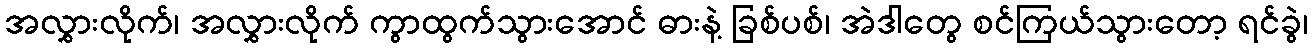
အလွှားလိုက်၊ အလွှားလိုက် ကွာထွက်သွားအောင် ဓားနဲ့ ခြစ်ပစ်၊ အဲဒါတွေ စင်ကြယ်သွားတော့ ရင်ခွဲ၊